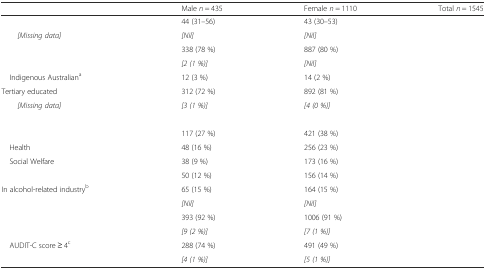
<table><thead><tr><td>[EMPTY_CELL]</td><td><b>Male <i>n</i> = 435</b></td><td><b>Female <i>n</i> = 1110</b></td><td><b>Total <i>n</i> = 1545</b></td></tr></thead><tbody><tr><td>[EMPTY_CELL]</td><td>44 (31–56)</td><td>43 (30–53)</td><td>[EMPTY_CELL]</td></tr><tr><td><i>[Missing data]</i></td><td><i>[Nil]</i></td><td><i>[Nil]</i></td><td>[EMPTY_CELL]</td></tr><tr><td>[EMPTY_CELL]</td><td>338 (78 %)</td><td>887 (80 %)</td><td>[EMPTY_CELL]</td></tr><tr><td>[EMPTY_CELL]</td><td><i>[2 (1 %)]</i></td><td><i>[Nil]</i></td><td>[EMPTY_CELL]</td></tr><tr><td> Indigenous Australian<sup>a</sup></td><td>12 (3 %)</td><td>14 (2 %)</td><td>[EMPTY_CELL]</td></tr><tr><td>Tertiary educated</td><td>312 (72 %)</td><td>892 (81 %)</td><td>[EMPTY_CELL]</td></tr><tr><td><i>[Missing data]</i></td><td><i>[3 (1 %)]</i></td><td><i>[4 (0 %)]</i></td><td>[EMPTY_CELL]</td></tr><tr><td colspan="4">[EMPTY_CELL]</td></tr><tr><td>[EMPTY_CELL]</td><td>117 (27 %)</td><td>421 (38 %)</td><td>[EMPTY_CELL]</td></tr><tr><td> Health</td><td>48 (16 %)</td><td>256 (23 %)</td><td>[EMPTY_CELL]</td></tr><tr><td> Social Welfare</td><td>38 (9 %)</td><td>173 (16 %)</td><td>[EMPTY_CELL]</td></tr><tr><td>[EMPTY_CELL]</td><td>50 (12 %)</td><td>156 (14 %)</td><td>[EMPTY_CELL]</td></tr><tr><td>In alcohol-related industry<sup>b</sup></td><td>65 (15 %)</td><td>164 (15 %)</td><td>[EMPTY_CELL]</td></tr><tr><td>[EMPTY_CELL]</td><td><i>[Nil]</i></td><td><i>[Nil]</i></td><td>[EMPTY_CELL]</td></tr><tr><td>[EMPTY_CELL]</td><td>393 (92 %)</td><td>1006 (91 %)</td><td>[EMPTY_CELL]</td></tr><tr><td>[EMPTY_CELL]</td><td><i>[9 (2 %)]</i></td><td><i>[7 (1 %)]</i></td><td>[EMPTY_CELL]</td></tr><tr><td> AUDIT-C score ≥ 4<sup>c</sup></td><td>288 (74 %)</td><td>491 (49 %)</td><td>[EMPTY_CELL]</td></tr><tr><td>[EMPTY_CELL]</td><td><i>[4 (1 %)]</i></td><td><i>[5 (1 %)]</i></td><td>[EMPTY_CELL]</td></tr></tbody></table>